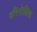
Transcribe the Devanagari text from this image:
वगिनोसिस